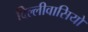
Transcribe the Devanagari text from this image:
दिल्लीवासियों